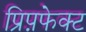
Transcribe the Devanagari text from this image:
प्रिप़फेक्ट